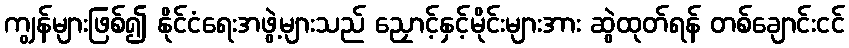
ကျွန်များဖြစ်၍ နိုင်ငံရေးအဖွဲ့များသည် ညှောင့်နှင့်မိုင်းများအား ဆွဲထုတ်ရန် တစ်ချောင်းငင်